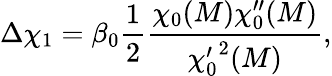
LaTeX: \Delta\chi_{1}=\beta_{0}{\frac{1}{2}}{\frac{\chi_{0}(M)\chi_{0}^{\prime\prime}(M)}{{\chi_{0}^{\prime}}^{2}(M)}},